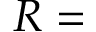
R = { }